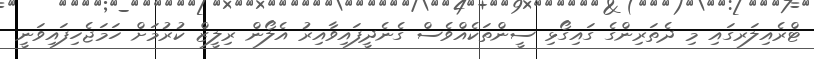
ޓްރެއިލަރގައި މި ދެތަރިންގެ ގައިގޯޅި ސީންތަކެއްވެސް ގެނެދީފައިވާއިރު އެލޯން ރިލީޒް ކުރުމަށް ހަމަޖެހިފައިވަނީ